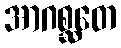
အာဂစ္ဆတေ